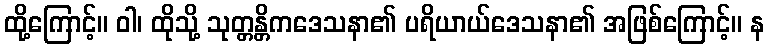
ထို့ကြောင့်။ ဝါ၊ ထိုသို့ သုတ္တန္တိကဒေသနာ၏ ပရိယာယ်ဒေသနာ၏ အဖြစ်ကြောင့်။ န